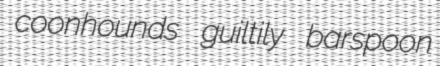
coonhounds guiltily barspoon